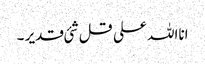
انااللہ علی قل شئی قدیر ۔